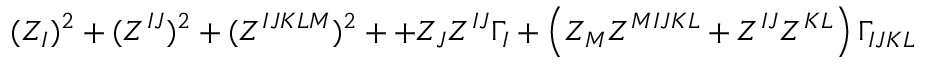
( Z _ { I } ) ^ { 2 } + ( Z ^ { I J } ) ^ { 2 } + ( Z ^ { I J K L M } ) ^ { 2 } + + Z _ { J } Z ^ { I J } \Gamma _ { I } + \left( Z _ { M } Z ^ { M I J K L } + Z ^ { I J } Z ^ { K L } \right) \Gamma _ { I J K L }